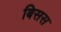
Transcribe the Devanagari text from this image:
बिसस